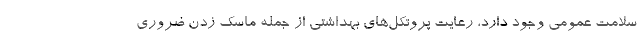
سلامت عمومی وجود دارد، رعایت پروتکل‌های بهداشتی از جمله ماسک زدن ضروری